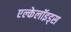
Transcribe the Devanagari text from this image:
एल्केलॉइड्स